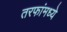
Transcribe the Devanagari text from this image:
तरफांमध्ये